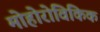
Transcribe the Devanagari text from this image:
मोहोरोविकिक